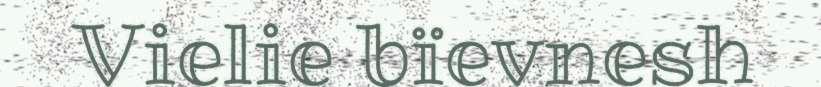
Vielie bïevnesh